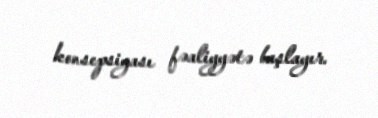
konsepsiyası fəaliyyətə başlayır.